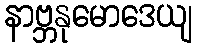
နာဗ္ဘနုမောဒေယျ